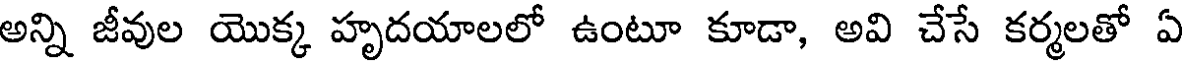
అన్ని జీవుల యొక్క హృదయాలలో ఉంటూ కూడా, అవి చేసే కర్మలతో ఏ